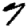
Digit: 7